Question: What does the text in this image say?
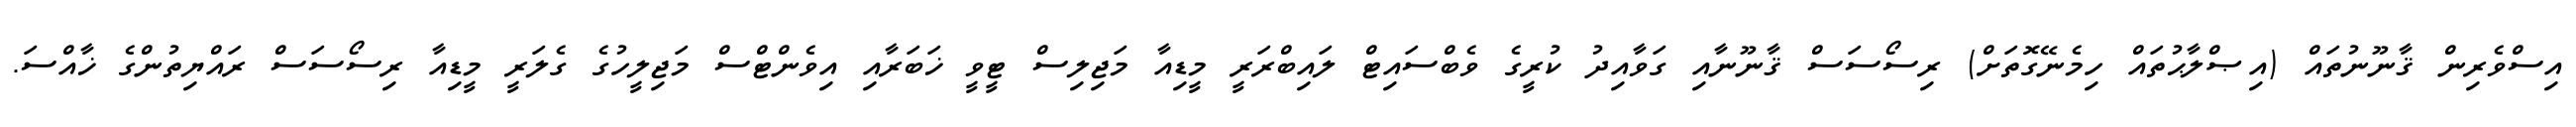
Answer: އިސްވެރިން ޤާނޫނުތައް (އިޞްލާޙުތައް ހިމެނޭގޮތަށް) ރިސޯސަސް ޤާނޫނާއި ގަވާއިދު ކުރީގެ ވެބްސައިޓް ލައިބްރަރީ މީޑިއާ މަޖިލިސް ޓީވީ ޚަބަރާއި އިވެންޓްސް މަޖިލީހުގެ ގެލަރީ މީޑިއާ ރިސޯސަސް ރައްޔިތުންގެ ޚާއްސަ.